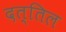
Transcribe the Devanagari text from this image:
दत्तिल